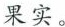
果实。